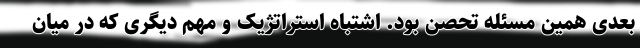
بعدی همین مسئله تحصن بود. اشتباه استراتژیک و مهم دیگری که در میان